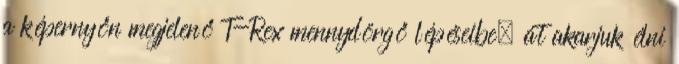
a képernyőn megjelenő T-Rex mennydörgő lépéseibe, át akarjuk élni